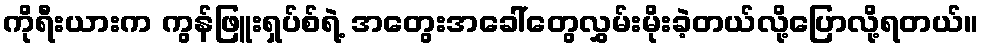
ကိုရီးယားက ကွန်ဖြူးရှပ်စ်ရဲ့ အတွေးအခေါ်တွေလွှမ်းမိုးခဲ့တယ်လို့ပြောလို့ရတယ်။